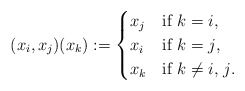
\begin{align*}\begin{matrix}(x_{i},x_{j})(x_{k}):=\begin{cases} x_{j} & \mbox{if $k=i$,} \\ x_{i} & \mbox{if $k=j$,} \\ x_{k} & \mbox{if $k\neq i,$ $j$.} \end{cases}\end{matrix}\end{align*}